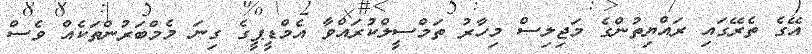
އޭގެ ތެރޭގައި ރައްޔިތުންގެ މަޖިލިސް މިހާރު ތަމްސީލްކުރައްވާ އެމްޑީޕީގެ ގިނަ މެމްބަރުންތަކެއް ވެސް